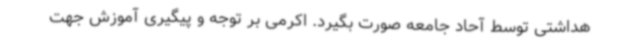
هداشتی توسط آحاد جامعه صورت بگیرد. اکرمی بر توجه و پیگیری آموزش جهت